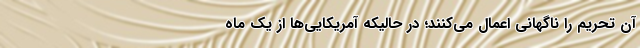
آن تحریم را ناگهانی اعمال می‌کنند؛ در حالیکه آمریکایی‌ها از یک ماه